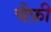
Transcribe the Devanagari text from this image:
चैफ़ी